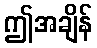
ဤအချိန်